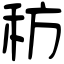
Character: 䄱